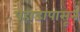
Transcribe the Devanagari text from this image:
पहाडापासून